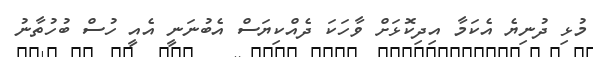
މުޅި ދުނިޔެ އެކަމާ އިދިކޮޅަށް ވާހަކަ ދެއްކިޔަސް އެބުނަނީ އެއީ ހުސް ބުހުތާނު